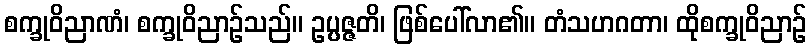
စက္ခုဝိညာဏံ၊ စက္ခုဝိညာဉ်သည်။ ဥပ္ပဇ္ဇတိ၊ ဖြစ်ပေါ်လာ၏။ တံသဟဂတာ၊ ထိုစက္ခုဝိညာဉ်